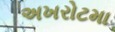
અખરોટમા